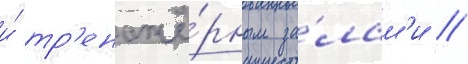
и́ тр'енажё́рным за́лам'и /